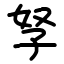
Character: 孥